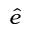
\hat { e }